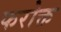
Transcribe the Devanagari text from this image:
फरोक्त